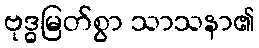
ဗုဒ္ဓမြတ်စွာ သာသနာ၏